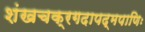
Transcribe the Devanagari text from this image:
शंखचक्रगदापद्मपाणिः